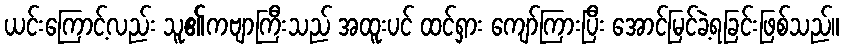
ယင်းကြောင့်လည်း သူ၏ကဗျာကြီးသည် အထူးပင် ထင်ရှား ကျော်ကြားပြီး အောင်မြင်ခဲ့ရခြင်းဖြစ်သည်။